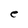
Character: e